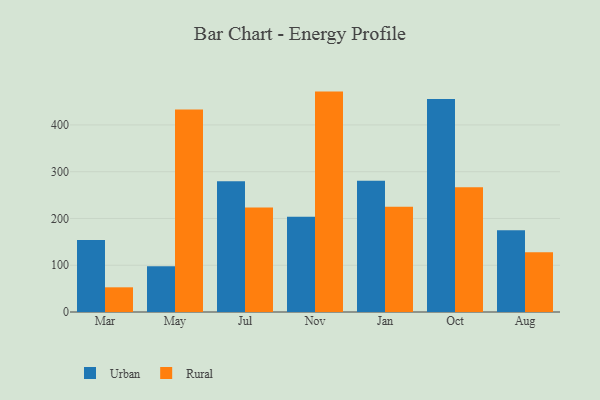
{"axis": {"x": "Month", "y": "Conversion Rate (%)"}, "legend": ["Rural", "Urban"], "data": [{"x": "Mar", "y": 154.0, "type": "Urban"}, {"x": "Mar", "y": 52.8, "type": "Rural"}, {"x": "May", "y": 97.8, "type": "Urban"}, {"x": "May", "y": 432.9, "type": "Rural"}, {"x": "Jul", "y": 279.7, "type": "Urban"}, {"x": "Jul", "y": 223.2, "type": "Rural"}, {"x": "Nov", "y": 203.6, "type": "Urban"}, {"x": "Nov", "y": 471.3, "type": "Rural"}, {"x": "Jan", "y": 280.5, "type": "Urban"}, {"x": "Jan", "y": 225.1, "type": "Rural"}, {"x": "Oct", "y": 455.5, "type": "Urban"}, {"x": "Oct", "y": 266.5, "type": "Rural"}, {"x": "Aug", "y": 174.7, "type": "Urban"}, {"x": "Aug", "y": 127.9, "type": "Rural"}]}